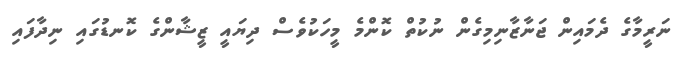
ނަރީމާގެ ދެމައިން ޖަނާޒާނިމިގެން ނުކުތް ކޮންމެ މީހަކުވެސް ދިޔައީ ޒީޝާންގެ ކޮނޑުގައި ނިދާފައި